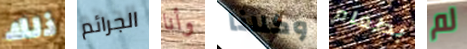
ذلك الجرائم وأنا وكلانا بطعام لم